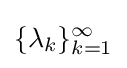
\{\lambda _{k}\}_{k=1}^{\infty }